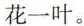
花一叶。